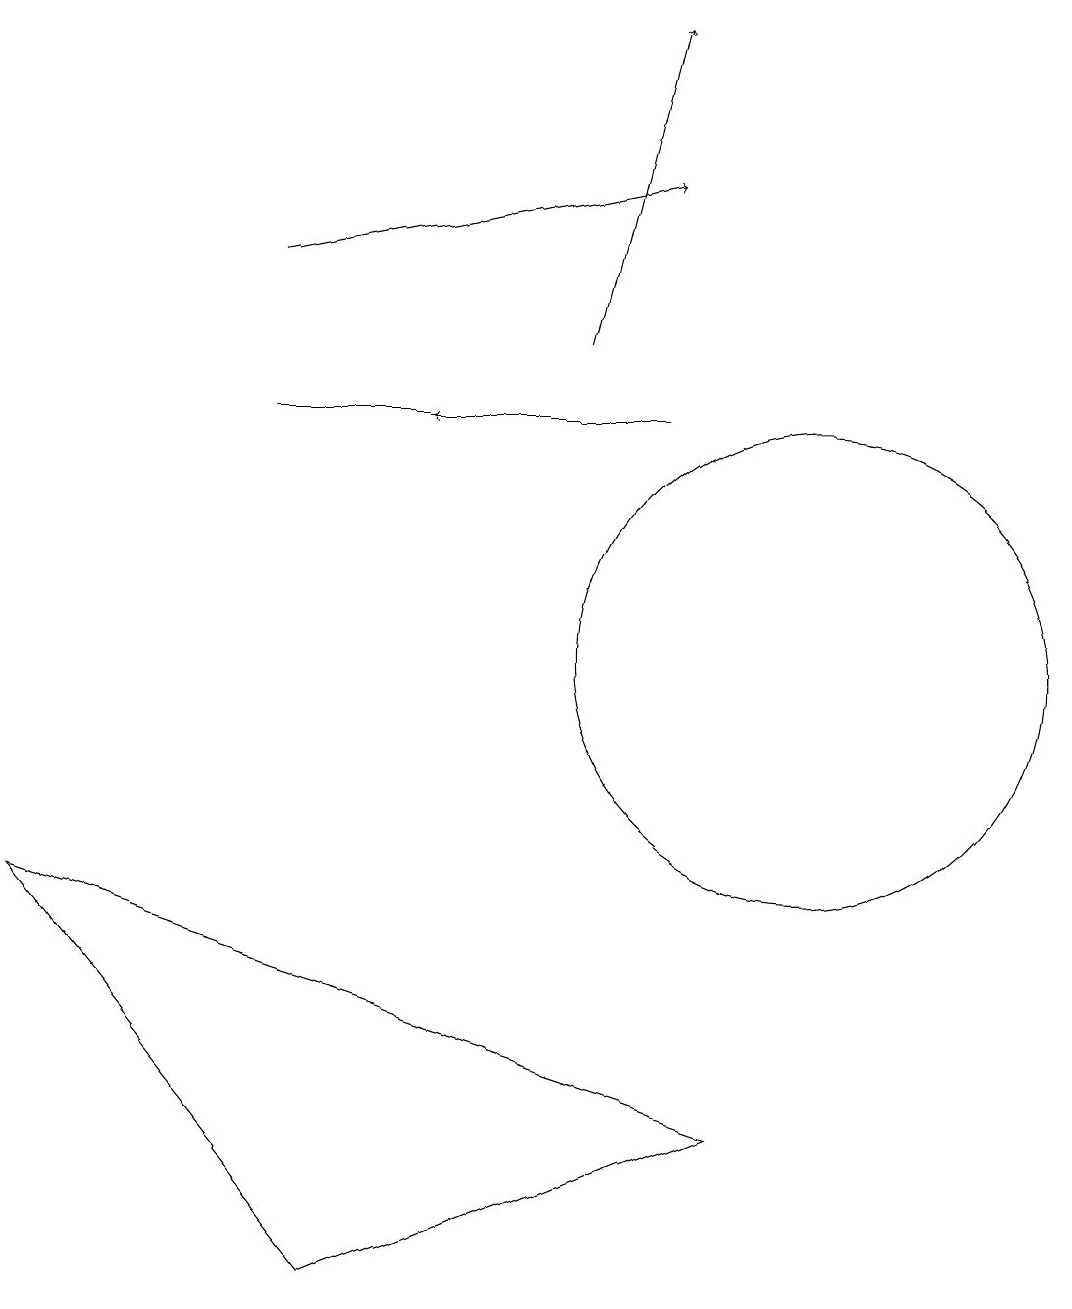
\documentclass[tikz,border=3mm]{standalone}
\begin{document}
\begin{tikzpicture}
\draw (3,13) rectangle (8,13);
\draw (9,4) -- (0,7) -- (4,2) -- cycle;
\draw (10,10) circle (3);
\draw[->] (7,14) -- (8,18);
\draw[->] (8,13) -- (5,13);
\draw[->] (3,15) -- (8,16);
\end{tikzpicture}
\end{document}